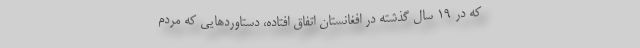
که در ۱۹ سال گذشته در افغانستان اتفاق افتاده، دستاوردهایی که مردم